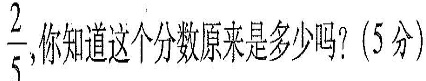
\frac{2}{5}，你知道这个分数原来是多少吗？（5分）